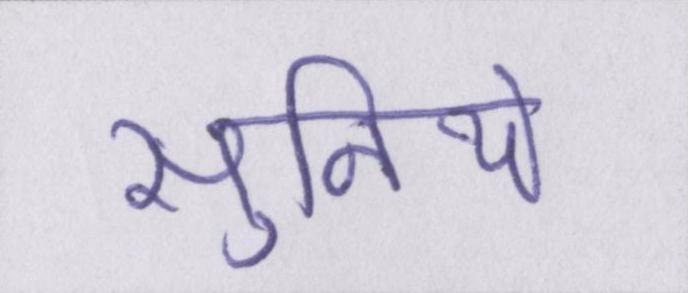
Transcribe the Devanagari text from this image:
सुनिये